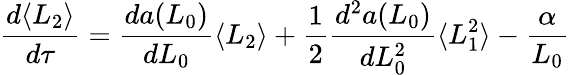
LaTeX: \frac{d\langle L_{2}\rangle}{d\tau}=\frac{da(L_{0})}{dL_{0}}\langle L_{2}\rangle+\frac{1}{2}\frac{d^{2}a(L_{0})}{dL_{0}^{2}}\langle L_{1}^{2}\rangle-\frac{\alpha}{L_{0}}